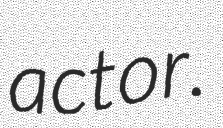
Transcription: actor.